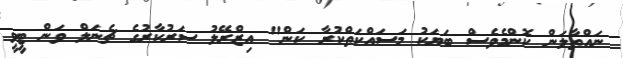
ނައްތާލަން ކޮންމެވެސް ބަޔަކު މަސައްކަތްކުރާ ކަން" އިޒްރޭލު ސަރުކާރުގެ ޗެނަލް ވަން ޓީވީ